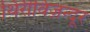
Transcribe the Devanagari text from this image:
थिरीविज़न्दूर